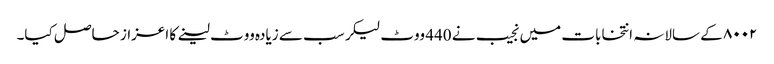
۸۰۰۲ کے سالانہ انتخابات میں نجیب نے 440 ووٹ لیکر سب سے زیادہ ووٹ لینے کا اعزاز حاصل کیا۔